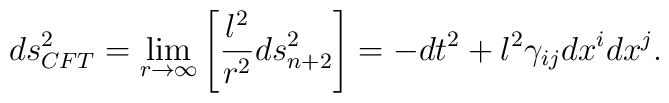
ds^2_{CFT}=\lim_{r\to\infty}\left[{l^2\over r^2}ds^2_{n+2}\right]=-dt^2+l^2\gamma_{ij}dx^idx^j.